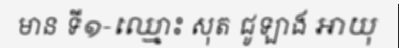
មាន ទី១-ឈ្មោះ សុត ជូឡាង អាយុ